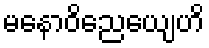
မနောဝိညေယျေဟိ